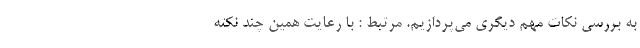
به بررسی نکات مهم دیگری می‌پردازیم. مرتبط : با رعایت همین چند نکته